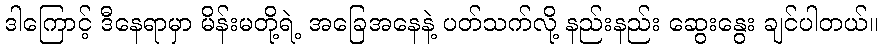
ဒါကြောင့် ဒီနေရာမှာ မိန်းမတို့ရဲ့ အခြေအနေနဲ့ ပတ်သက်လို့ နည်းနည်း ဆွေးနွေး ချင်ပါတယ်။